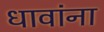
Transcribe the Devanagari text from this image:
धावांना